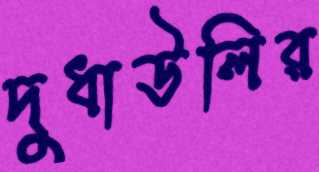
দুধাউলির